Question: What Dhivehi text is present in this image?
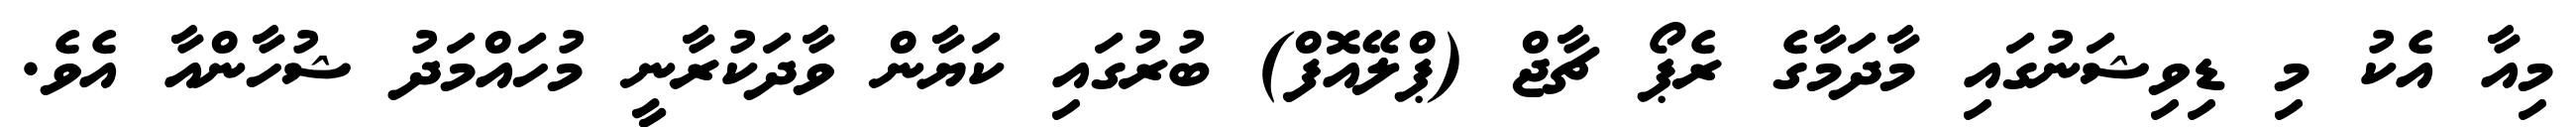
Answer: މިއާ އެކު މި ޑިވިޝަނުގައި މާދަމާގެ ރެޕޯ ޗާޖް (ޕްލޭއޮފް) ބުރުގައި ކަޔާން ވާދަކުރާނީ މުހައްމަދު ޝުހާންއާ އެވެ.